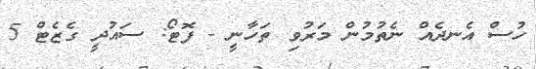
ހުސް އެނދެއް ނެތުމުން މަރުވި ތަހާނީ - ފޮޓޯ: ސައުދީ ގެޒެޓް 5